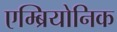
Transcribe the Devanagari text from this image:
एम्ब्रियोनिक